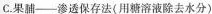
C果脯--渗透保存法(用糖溶液除去水分)